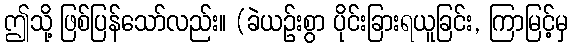
ဤသို့ ဖြစ်ပြန်သော်လည်း။ (ခဲယဉ်းစွာ ပိုင်းခြားရယူခြင်း, ကြာမြင့်မှ